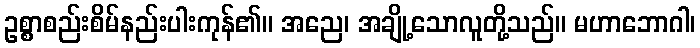
ဥစ္စာစည်းစိမ်နည်းပါးကုန်၏။ အညေ၊ အချို့သောလူတို့သည်။ မဟာဘောဂါ၊